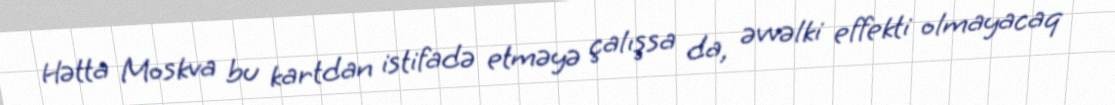
Hətta Moskva bu kartdan istifadə etməyə çalışsa da, əvvəlki effekti olmayacaq